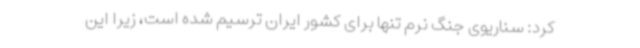
کرد: سناریوی جنگ نرم تنها برای کشور ایران ترسیم شده است، زیرا این